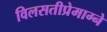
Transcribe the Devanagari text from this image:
विलसतीप्रेमाग्ने